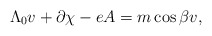
\begin{align*}\Lambda_0 v + \partial\chi -eA = m\cos{\beta} v ,\end{align*}